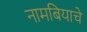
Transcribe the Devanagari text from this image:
नामबियाचे